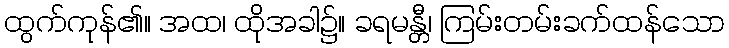
ထွက်ကုန်၏။ အထ၊ ထိုအခါ၌။ ခရမန္တီ၊ ကြမ်းတမ်းခက်ထန်သော